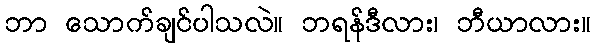
ဘာ သောက်ချင်ပါသလဲ။ ဘရန်ဒီလား၊ ဘီယာလား။